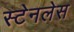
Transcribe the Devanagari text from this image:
स्‍टेनलेस